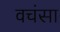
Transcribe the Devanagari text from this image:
वचंसा